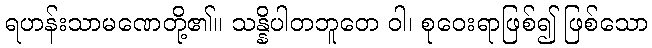
ရဟန်းသာမဏေတို့၏။ သန္နိပါတဘူတေ ဝါ၊ စုဝေးရာဖြစ်၍ ဖြစ်သော